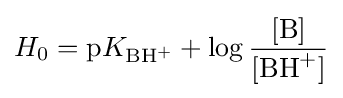
H_{0}={\mbox{p}}K_{{\ce {BH^+}}}+\log {\frac {{\ce {[B]}}}{{\ce {[BH^+]}}}}